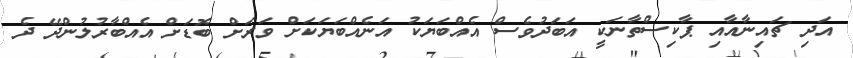
އަދި ޗައިނާއާއި ޕާކިސްތާނަކީ އަބަދުވެސް އެއްބަޔަކު އަނެއްބަޔަކަށް ވަރަށް ބޮޑަށް އެއްބާރުލުންދޭ ދެ